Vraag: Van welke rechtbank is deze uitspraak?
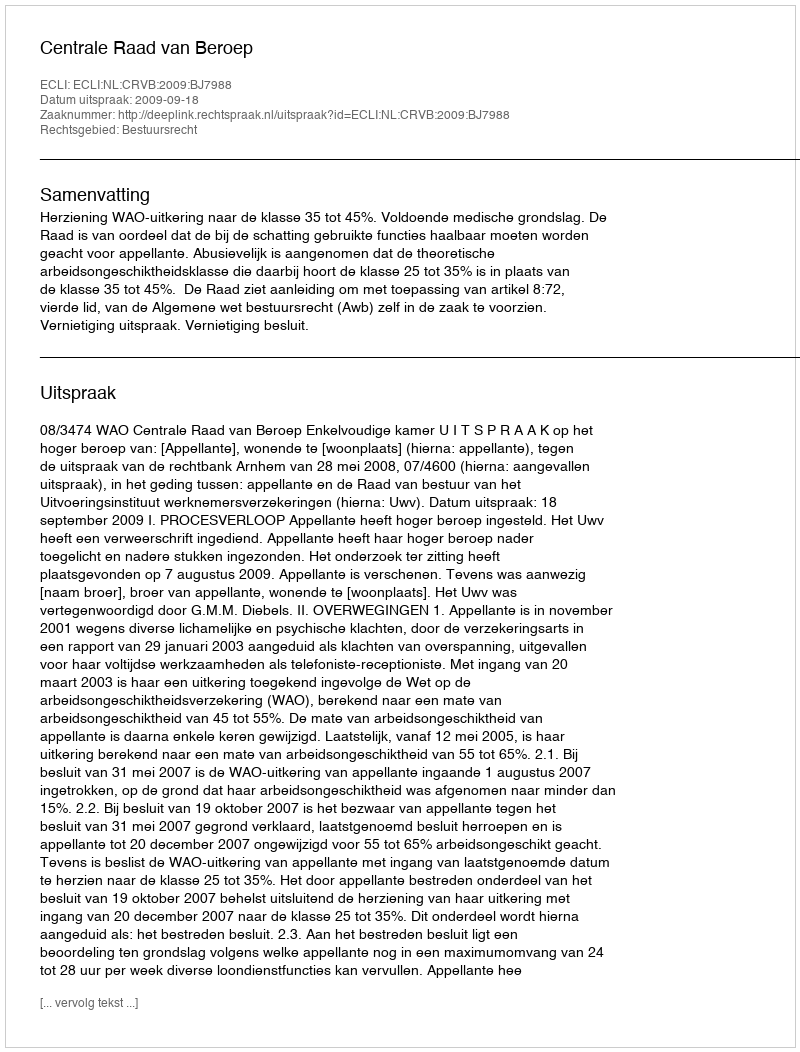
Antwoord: Centrale Raad van Beroep